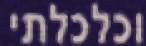
וכלכלתי